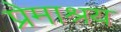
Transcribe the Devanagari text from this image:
प्रेमाश्रय